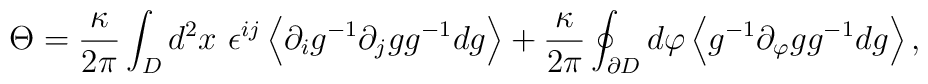
\Theta = \frac{\kappa}{2 \pi} \int_{D} d^2 x ~\epsilon^{ij}\left< \partial_i g^{-1} \partial_j g g^{-1} d g \right> + \frac{\kappa}{2 \pi} \oint_{\partial {D}} d \varphi \left< g^{-1} \partial_{\varphi} g g^{-1} d g \right>,